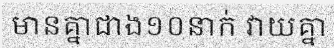
មានគ្នាជាង១០នាក់ វាយគ្នា